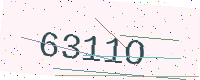
Text: 6311O